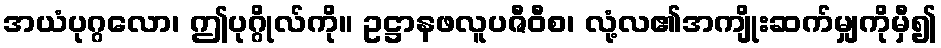
အယံပုဂ္ဂလော၊ ဤပုဂ္ဂိုလ်ကို။ ဥဋ္ဌာနဖလူပဇီဝီစ၊ လုံ့လ၏အကျိုးဆက်မျှကိုမှီ၍